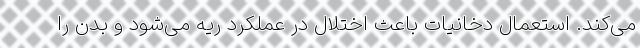
می‌کند. استعمال دخانیات باعث اختلال در عملکرد ریه می‌شود و بدن را